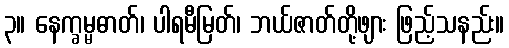
၃။ နေက္ခမ္မဓာတ်၊ ပါရမီမြတ်၊ ဘယ်ဇာတ်တို့ဖျား ဖြည့်သနည်း။